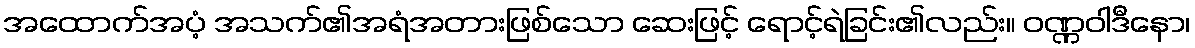
အထောက်အပံ့ အသက်၏အရံအတားဖြစ်သော ဆေးဖြင့် ရောင့်ရဲခြင်း၏လည်း။ ဝဏ္ဏဝါဒီနော၊